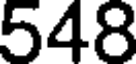
548